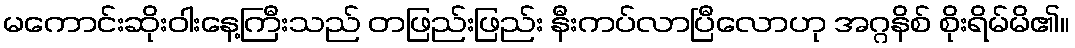
မကောင်းဆိုးဝါးနေ့ကြီးသည် တဖြည်းဖြည်း နီးကပ်လာပြီလောဟု အဂ္ဂနိစ် စိုးရိမ်မိ၏။